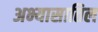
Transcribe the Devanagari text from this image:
अभ्यासातिल